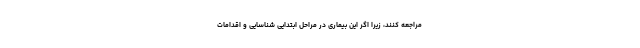
مراجعه کنند، زیرا اگر این بیماری در مراحل ابتدایی شناسایی و اقدامات